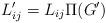
LaTeX: \begin{align*}L'_{ij}=L_{ij}\Pi(G')\end{align*}